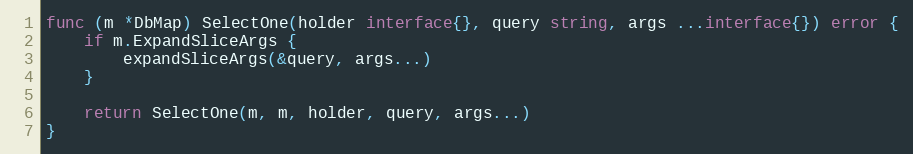
Language: Go
func (m *DbMap) SelectOne(holder interface{}, query string, args ...interface{}) error {
	if m.ExpandSliceArgs {
		expandSliceArgs(&query, args...)
	}

	return SelectOne(m, m, holder, query, args...)
}